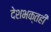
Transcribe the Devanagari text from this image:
देशभक्तही